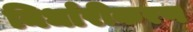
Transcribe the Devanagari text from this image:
निर्धारीकरण